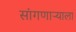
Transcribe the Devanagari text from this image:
सांगणाऱ्याला